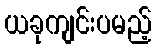
ယခုကျင်းပမည့်